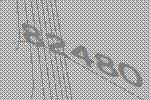
82480